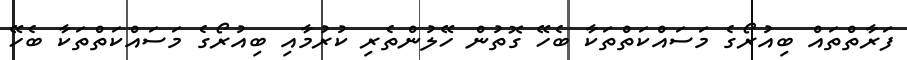
ފަރާތްތައް ބިއުރޯގެ މަސައްކަތްތަކާ ބެހޭ ގޮތުން ހޭލުންތެރި ކުރުމާއި ބިއުރޯގެ މަސައްކަތްތަކާ ބެހޭ